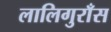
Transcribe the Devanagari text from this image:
लालिगुराँस